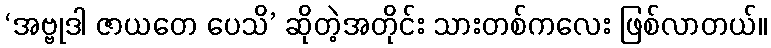
‘အဗ္ဗုဒါ ဇာယတေ ပေသိ’ ဆိုတဲ့အတိုင်း သားတစ်ကလေး ဖြစ်လာတယ်။